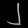
Digit: ၂